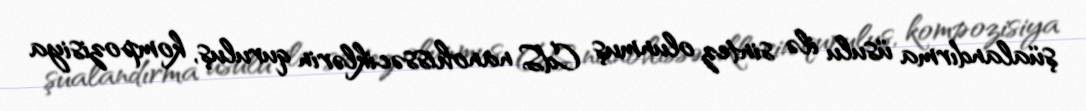
şüalandırma üsulu ilə sintez olunmuş CdS nanohissəciklərin quruluş, kompozisiya